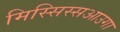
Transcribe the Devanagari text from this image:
मिस्सिस्सआउगा